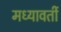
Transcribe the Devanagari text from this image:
मध्यावर्ती